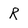
Character: R